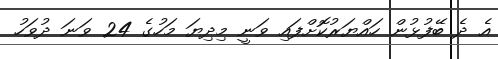
އެ ދެ ބޭފުޅުން ހައްޔަރުކޮށްފައި ވަނީ މިދިޔަ މަހުގެ 24 ވަނަ ދުވަހު